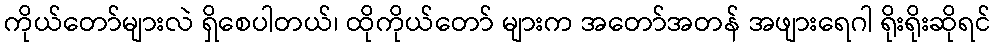
ကိုယ်တော်များလဲ ရှိစေပါတယ်၊ ထိုကိုယ်တော် များက အတော်အတန် အဖျားရေဂါ ရိုးရိုးဆိုရင်